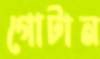
গোটান